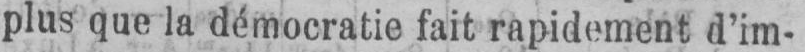
plus que la démocratie fait rapidement d’im-